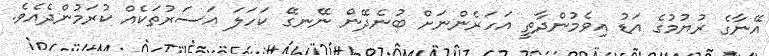
އޭނާގެ ރުޔުމުގެ އަޑު އިވެމުންދާތީ އަހަރެންނަށް ބުނެދޭން ނޭނގޭ ކަހަލަ އަސަރުތަކެއް ކުރަމުންދެއެވެ.